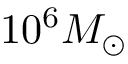
1 0 ^ { 6 } M _ { \odot }